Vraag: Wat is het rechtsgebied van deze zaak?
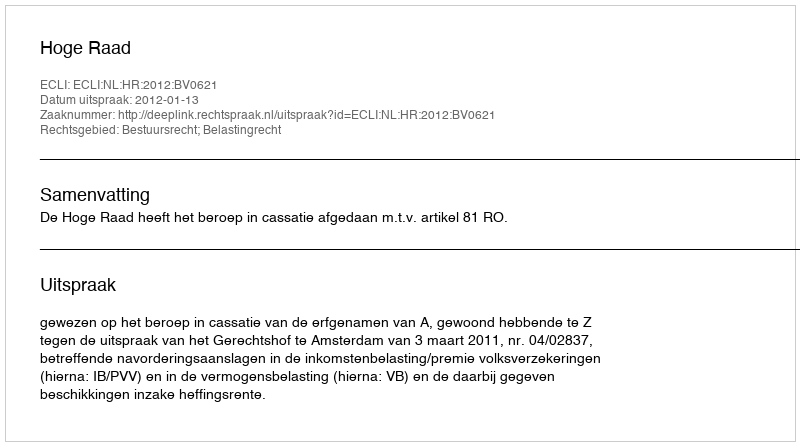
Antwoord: Bestuursrecht; Belastingrecht